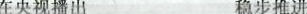
在央视播出 稳步推进